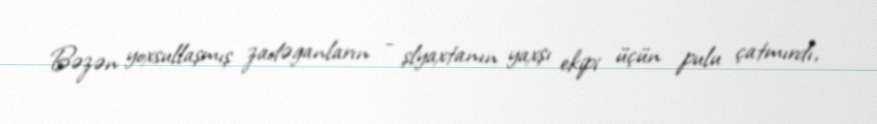
Bəzən yoxsullaşmış zadəganların - şlyaxtanın yaxşı ekipi üçün pulu çatmırdı,